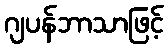
ဂျပန်ဘာသာဖြင့်